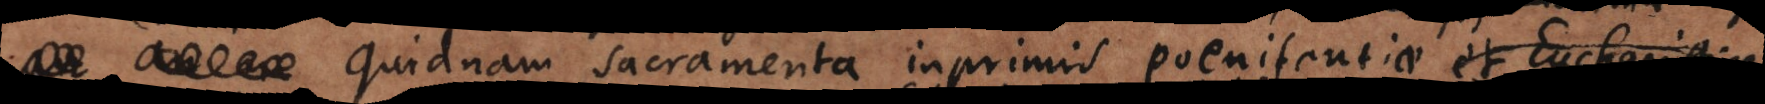
Quidnam sacramenta inprimis poenitentiae contribuant